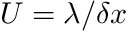
U = \lambda / \delta x